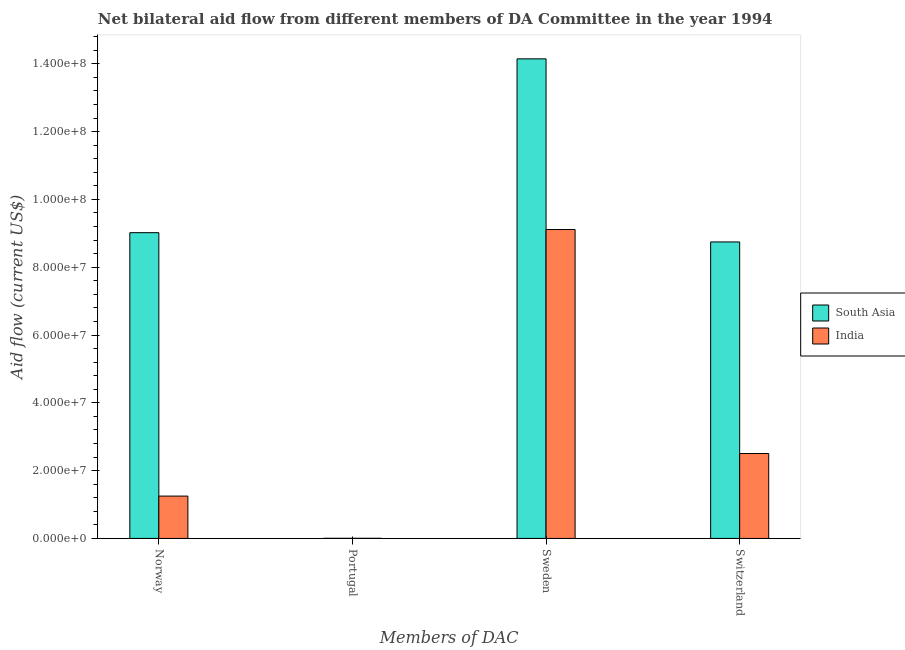
| Members of DAC | South Asia | India |
 | --- | --- | --- |
 | Norway | 9.02e+07 | 1.25e+07 |
 | Portugal | 4e+04 | 4e+04 |
 | Sweden | 1.41e+08 | 9.11e+07 |
 | Switzerland | 8.74e+07 | 2.50e+07 |